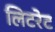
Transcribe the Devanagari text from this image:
लिटरेट